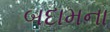
બદામના